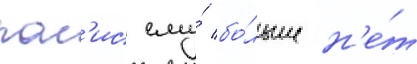
пол'ис ему́ бо́льше н'е́т